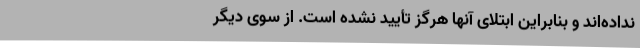
نداده‌اند و بنابراین ابتلای آنها هرگز تأیید نشده است. از سوی دیگر